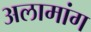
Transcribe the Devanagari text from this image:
अलामांग